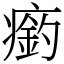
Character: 瘹